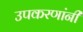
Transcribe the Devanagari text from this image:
उपकरणांनी